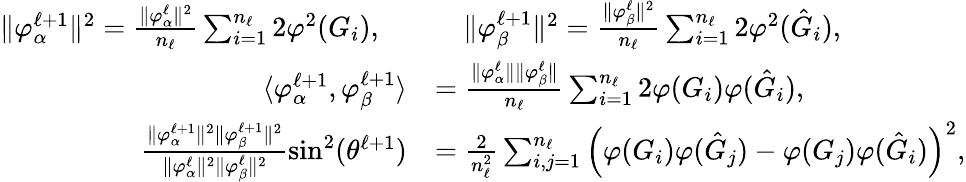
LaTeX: \begin{array}{rl}{\| {{\varphi}_{\alpha}^{\ell+1}}\| ^{2}=\frac{\| {{\varphi}_{\alpha}^{\ell}}\| ^{2}}{n_{\ell}}\sum_{i=1}^{n_{\ell}}2{\varphi}^{2}(G_{i}),\quad}&{\quad\| {{\varphi}_{\beta}^{\ell+1}}\| ^{2}=\frac{\| {{\varphi}_{\beta}^{\ell}}\| ^{2}}{n_{\ell}}\sum_{i=1}^{n_{\ell}}2{\varphi}^{2}(\hat{G}_{i}),}\\ {\langle{{\varphi}_{\alpha}^{\ell+1}},{{\varphi}_{\beta}^{\ell+1}}\rangle}&{=\frac{\| {{\varphi}_{\alpha}^{\ell}}\| \| {{\varphi}_{\beta}^{\ell}}\| }{n_{\ell}}\sum_{i=1}^{n_{\ell}}2{\varphi}(G_{i}){\varphi}(\hat{G}_{i}),}\\ {\frac{\| {{\varphi}_{\alpha}^{\ell+1}}\| ^{2}\| {{\varphi}_{\beta}^{\ell+1}}\| ^{2}}{\| {{\varphi}_{\alpha}^{\ell}}\| ^{2}\| {{\varphi}_{\beta}^{\ell}}\| ^{2}}\sin^{2}(\theta^{\ell+1})}&{=\frac{2}{n_{\ell}^{2}}\sum_{i,j=1}^{n_{\ell}}\left({\varphi}(G_{i}){\varphi}(\hat{G}_{j})-{\varphi}(G_{j}){\varphi}(\hat{G}_{i})\right)^{2},}\end{array}